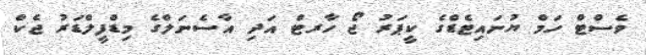
ވެސްޓް ހަމް ޔުނައިޓެޑްގެ ކީޕަރު ޖޯ ހާރޓް އަދި އާސެނަލްގެ މިޑްފީލްޑަރު ޖެކް